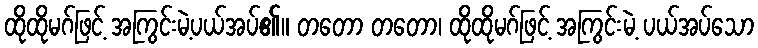
ထိုထိုမဂ်ဖြင့် အကြွင်းမဲ့ပယ်အပ်၏။ တတော တတော၊ ထိုထိုမဂ်ဖြင့် အကြွင်းမဲ့ ပယ်အပ်သော